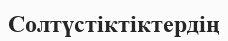
Солтүстіктіктердің